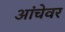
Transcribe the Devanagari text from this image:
आंचेवर